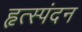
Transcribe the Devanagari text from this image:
हृत्स्पंदन